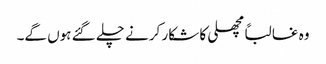
وہ غالباً مچھلی کا شکار کرنے چلے گئے ہوں گے۔